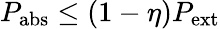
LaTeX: P_{\mathrm{abs}}\leq(1-\eta)P_{\mathrm{ext}}